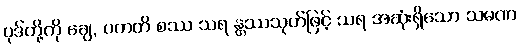
ပုဒ်တို့ကို ချေ, ပကတိ စဿ သရ န္တဿသုတ်ဖြင့် သရ အဆုံးရှိသော သမဏ